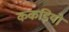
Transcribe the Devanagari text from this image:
ककड़ियों